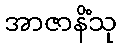
အာဇာနိံသု